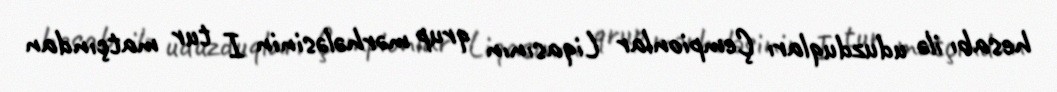
hesabı ilə uduzduqları Çempionlar Liqasının qrup mərhələsinin I tur matçından